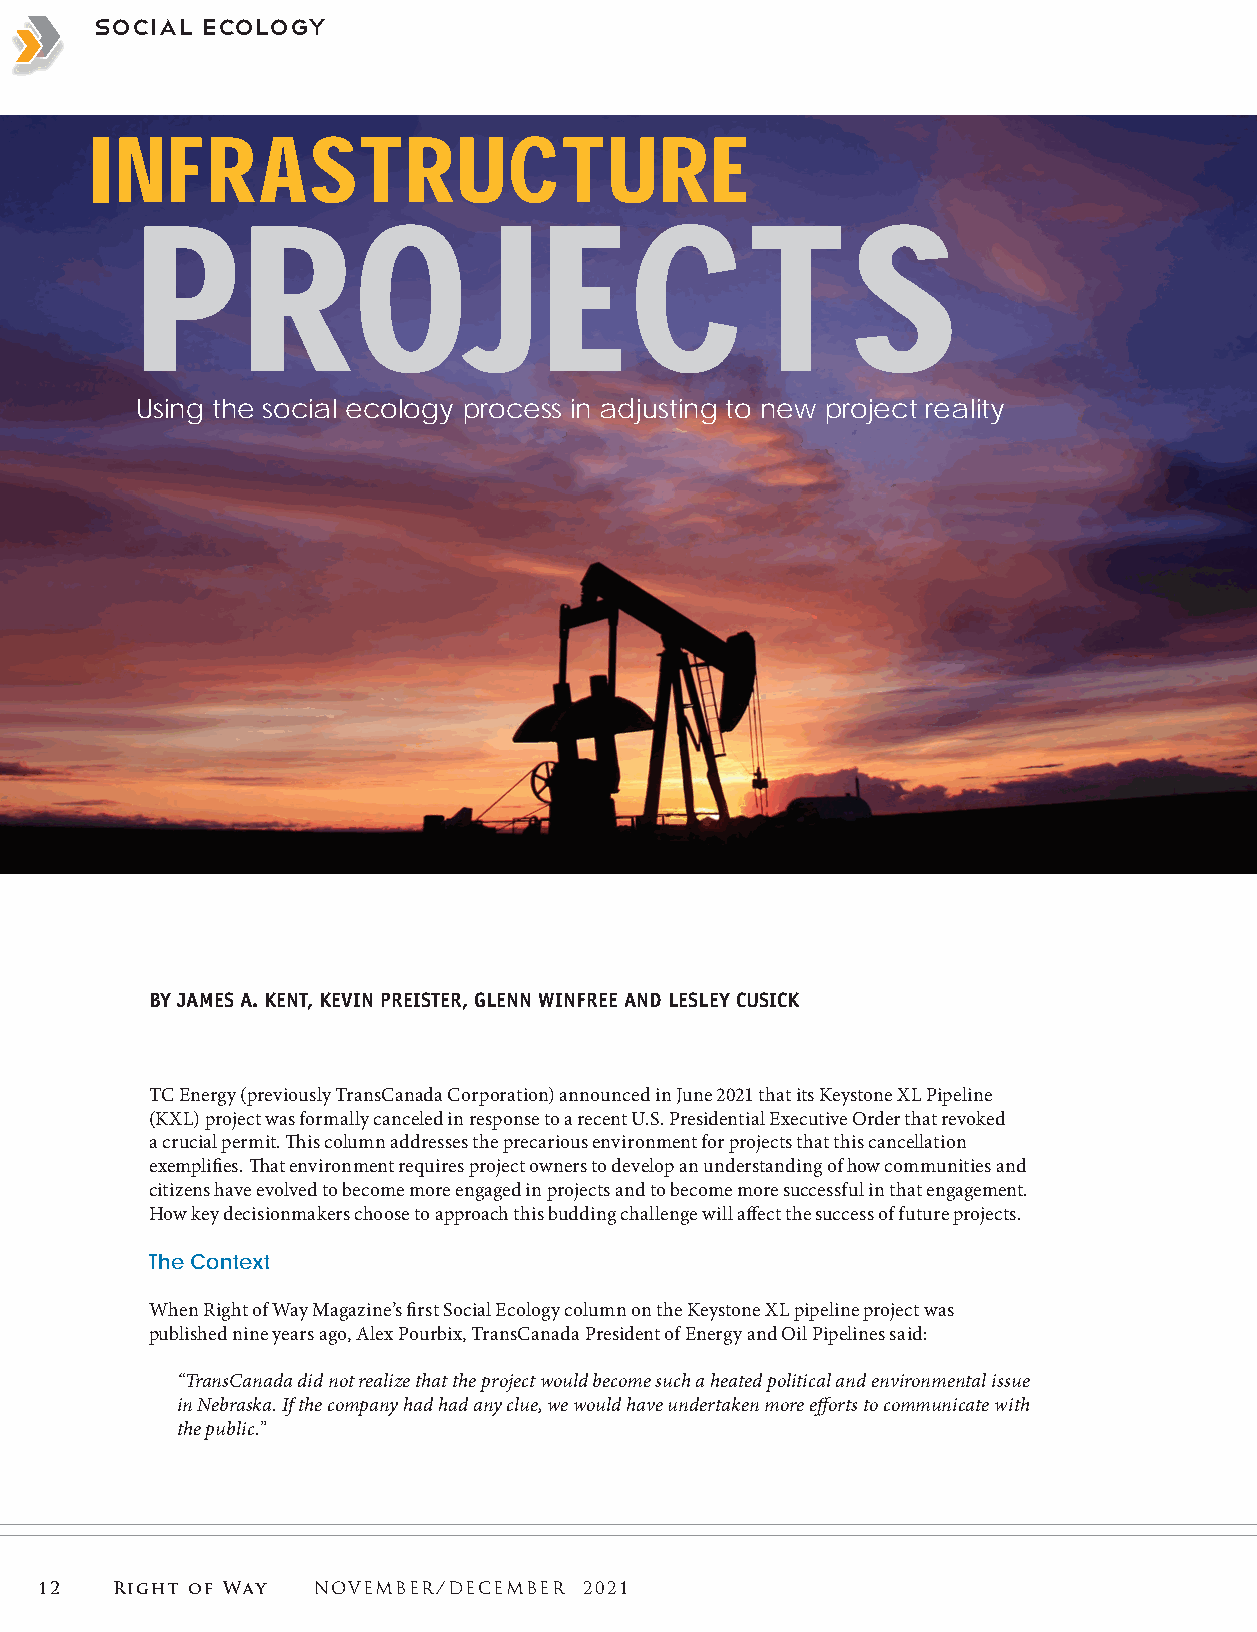
bSuosciniaels sE cEoslsoegnytials
 INFRASTRUCTURE
 PROJECT                                        S
 Using the social ecology process in adjusting to new project reality
 BY JAMES A. KENT, KEVIN PREISTER, GLENN WINFREE AND LESLEY CUSICK
 TC Energy (previously TransCanada Corporation) announced in June 2021 that its Keystone XL Pipeline
 (KXL) project was formally canceled in response to a recent U.S. Presidential Executive Order that revoked
 a crucial permit. This column addresses the precarious environment for projects that this cancellation
 exemplifies. That environment requires project owners to develop an understanding of how communities and
 citizens have evolved to become more engaged in projects and to become more successful in that engagement.
 How key decisionmakers choose to approach this budding challenge will affect the success of future projects.
 The Context
 When Right of Way Magazine’s first Social Ecology column on the Keystone XL pipeline project was
 published nine years ago, Alex Pourbix, TransCanada President of Energy and Oil Pipelines said:
 “TransCanada did not realize that the project would become such a heated political and environmental issue
 in Nebraska. If the company had had any clue, we would have undertaken more efforts to communicate with
 the public.”
 12   Right of Way  NOVEMBER/DECEMBER 2021